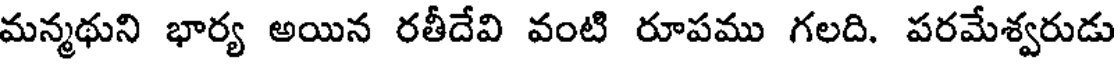
మన్మథుని భార్య అయిన రతీదేవి వంటి రూపము గలది. పరమేశ్వరుడు